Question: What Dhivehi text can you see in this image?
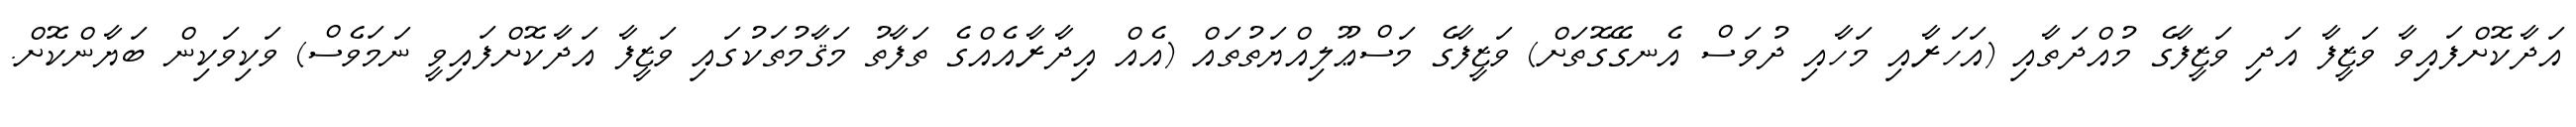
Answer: އަދާކޮށްފައިވާ ވަޒީފާ އަދި ވަޒީފާގެ މުއްދަތާއި (އަހަރާއި މަހާއި ދުވަސް އެނގޭގޮތަށް) ވަޒީފާގެ މަސްޢޫލިއްޔަތުތައް (އެއް އިދާރާއެއްގެ ތަފާތު މަޤާމުތަކުގައި ވަޒީފާ އަދާކޮށްފައިވީ ނަމަވެސް) ވަކިވަކިން ބަޔާންކޮށް.